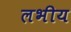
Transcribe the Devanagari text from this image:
लभीय